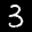
Label: 3